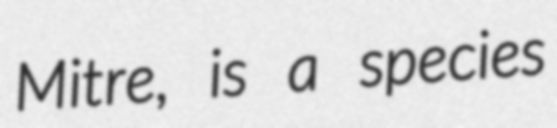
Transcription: Mitre, is a species